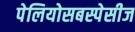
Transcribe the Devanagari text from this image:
पेलियोसबस्पेसीज